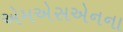
એમએસએનના